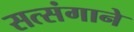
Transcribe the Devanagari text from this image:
सत्संगाने